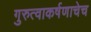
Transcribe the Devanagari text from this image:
गुरुत्वाकर्षणाचेच